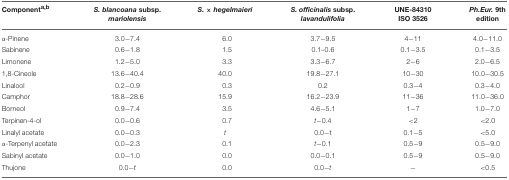
<table><thead><tr><td><b>Component<sup>a</sup><sup>,</sup><sup>b</sup></b></td><td><b><i>S. blancoana</i> subsp. <i>mariolensis</i></b></td><td><b><i>S</i>. × <i>hegelmaieri</i></b></td><td><b><i>S. officinalis</i> subsp. <i>lavandulifolia</i></b></td><td><b>UNE-84310 ISO 3526</b></td><td><b><i>Ph.Eur</i>. 9th edition</b></td></tr></thead><tbody><tr><td>α-Pinene</td><td>3.0−7.4</td><td>6.0</td><td>3.7−9.5</td><td>4−11</td><td>4.0−11.0</td></tr><tr><td>Sabinene</td><td>0.6−1.8</td><td>1.5</td><td>0.1–0.6</td><td>0.1−3.5</td><td>0.1−3.5</td></tr><tr><td>Limonene</td><td>1.2−5.0</td><td>3.3</td><td>3.3−6.7</td><td>2−6</td><td>2.0−6.5</td></tr><tr><td>1,8-Cineole</td><td>13.6−40.4</td><td>40.0</td><td>19.8−27.1</td><td>10−30</td><td>10.0−30.5</td></tr><tr><td>Linalool</td><td>0.2−0.9</td><td>0.3</td><td>0.2</td><td>0.3−4</td><td>0.3−4.0</td></tr><tr><td>Camphor</td><td>18.8−28.6</td><td>15.9</td><td>16.2−23.9</td><td>11−36</td><td>11.0−36.0</td></tr><tr><td>Borneol</td><td>0.9−7.4</td><td>3.5</td><td>4.6−5.1</td><td>1−7</td><td>1.0−7.0</td></tr><tr><td>Terpinen-4-ol</td><td>0.0−0.6</td><td>0.7</td><td><i>t</i>−0.4</td><td>&lt;2</td><td>&lt;2.0</td></tr><tr><td>Linalyl acetate</td><td>0.0−0.3</td><td><i><i>t</i></i></td><td>0.0−t</td><td>0.1−5</td><td>&lt;5.0</td></tr><tr><td>α-Terpenyl acetate</td><td>0.0−2.3</td><td>0.1</td><td><i>t</i>−0.1</td><td>0.5−9</td><td>0.5−9.0</td></tr><tr><td>Sabinyl acetate</td><td>0.0−1.0</td><td>0.0</td><td>0.0−0.1</td><td>0.5−9</td><td>0.5−9.0</td></tr><tr><td>Thujone</td><td>0.0−<i>t</i></td><td>0.0</td><td>0.0−<i>t</i></td><td>−</td><td>&lt;0.5</td></tr></tbody></table>